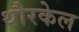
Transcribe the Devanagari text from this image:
थौरकेल